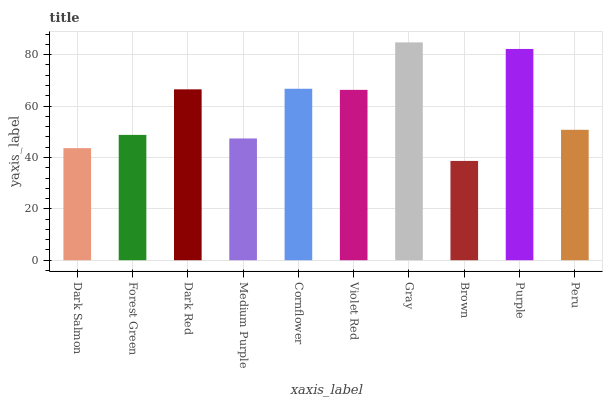
| xaxis_label | bars |
 | --- | --- |
 | Dark Salmon | 43.6 |
 | Forest Green | 48.8 |
 | Dark Red | 66.5 |
 | Medium Purple | 47.4 |
 | Cornflower | 66.7 |
 | Violet Red | 66.3 |
 | Gray | 84.8 |
 | Brown | 38.7 |
 | Purple | 82.2 |
 | Peru | 50.8 |